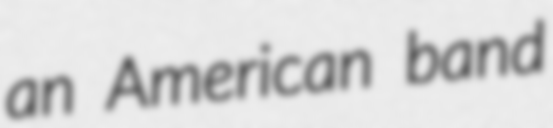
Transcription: an American band